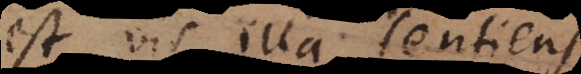
est vis illa sentiens